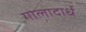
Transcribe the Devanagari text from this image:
गोलादार्ध